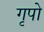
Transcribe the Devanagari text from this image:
गृपो